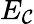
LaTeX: E_{\mathcal{C}}